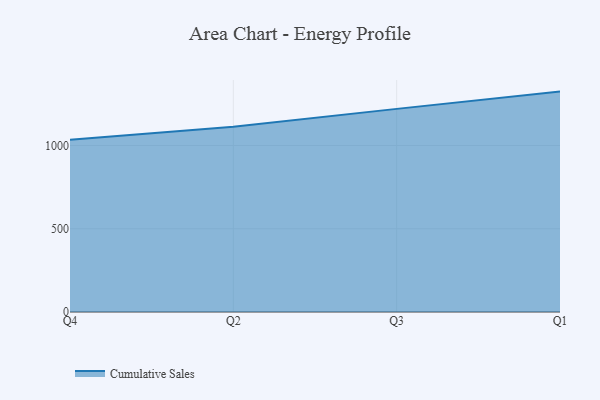
{"axis": {"x": "Quarter", "y": "Revenue (USD Million)"}, "legend": ["Cumulative Sales"], "data": [{"x": "Q4", "y": 1035.4, "type": "Cumulative Sales"}, {"x": "Q2", "y": 1113.4, "type": "Cumulative Sales"}, {"x": "Q3", "y": 1220.1, "type": "Cumulative Sales"}, {"x": "Q1", "y": 1323.9, "type": "Cumulative Sales"}]}